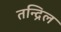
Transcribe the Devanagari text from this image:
तन्द्रिल